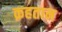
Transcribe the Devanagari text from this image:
क़हतान